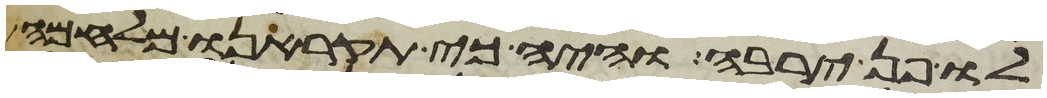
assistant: לו פן ירבה והיה כי תקראנו מלחמה